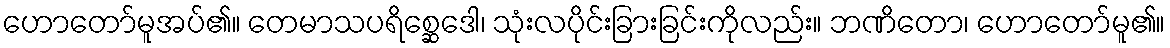
ဟောတော်မူအပ်၏။ တေမာသပရိစ္ဆေဒေါ၊ သုံးလပိုင်းခြားခြင်းကိုလည်း။ ဘဏိတော၊ ဟောတော်မူ၏။